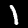
Digit: 1